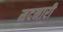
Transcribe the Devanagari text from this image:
मदनारी